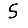
Digit: 5